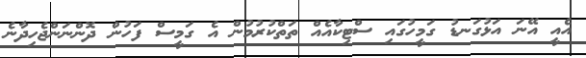
އެއީ އޭނަ އަޅުގަނޑު ގަމީހުގައި ސްޓިކާއެއް ތަތްކުރުމުން އެ ގަމީސް ފަހުން ދޮންނަންޖެހިދާނެ